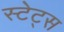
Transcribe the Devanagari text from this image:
स्टेट्‍स